Document type: Sale
Year: 1439
Scribe: Arnau d'Illes
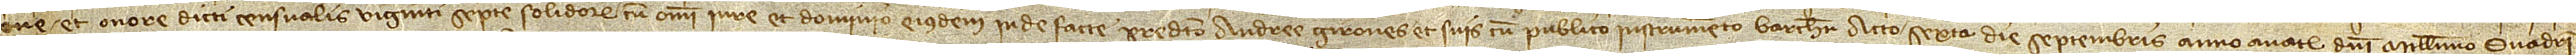
one et onore dicti censualis viginti septem solidorum, cum omni iure et dominio eiusdem inde facte predicto Andree Girones et suis, cum publico instrumento Barchinone acto sexta die septembris, anno a Nativitate Domini millesimo quadrin-